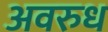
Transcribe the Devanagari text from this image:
अवरुध